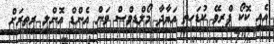
އެއީ ކޮކޯ ޕްރިވޭ ކުޑަހިތި އަޔާދާ މޯލްޑިވްސް ވަން އެންޑް އޮންލީ ރީތިރަށް